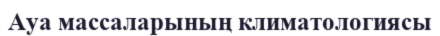
Ауа массаларының климатологиясы